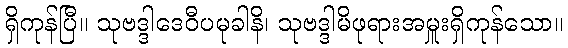
ရှိကုန်ပြီ။ သုဗဒ္ဒါဒေဝီပမုခါနိ၊ သုဗဒ္ဒါမိဖုရားအမှူးရှိကုန်သော။